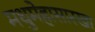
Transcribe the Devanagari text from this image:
मधुमेहासारखा